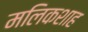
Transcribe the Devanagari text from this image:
मलिकशाह